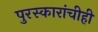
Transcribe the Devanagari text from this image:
पुरस्कारांचीही